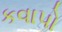
કવાપો